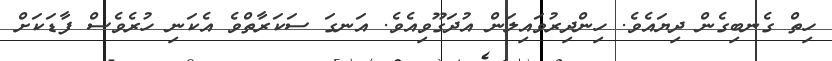
ހިތް ގެނބިގެން ދިޔައެވެ. ހިންދިރުވައިލަން އުދަގޫވިއެވެ. އަނގަ ސަކަރާތްވެ އެކަނި ހުރެވެސް ފާޑަކަށް